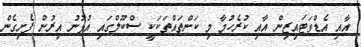
އާއި އެޑްވަޓައިޒިން އާއި ކުރެހުމާ މި ކަންތައްތަކަކީ ސްކޫލްގައި އުޅުނު އިރުން ފެށިގެން